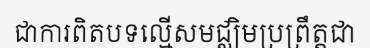
ជាការពិតបទល្មើសមជ្ឈិមប្រព្រឹត្តជា